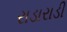
રાડારાડી